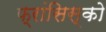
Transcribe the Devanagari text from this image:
फ्रांसिस्‍को